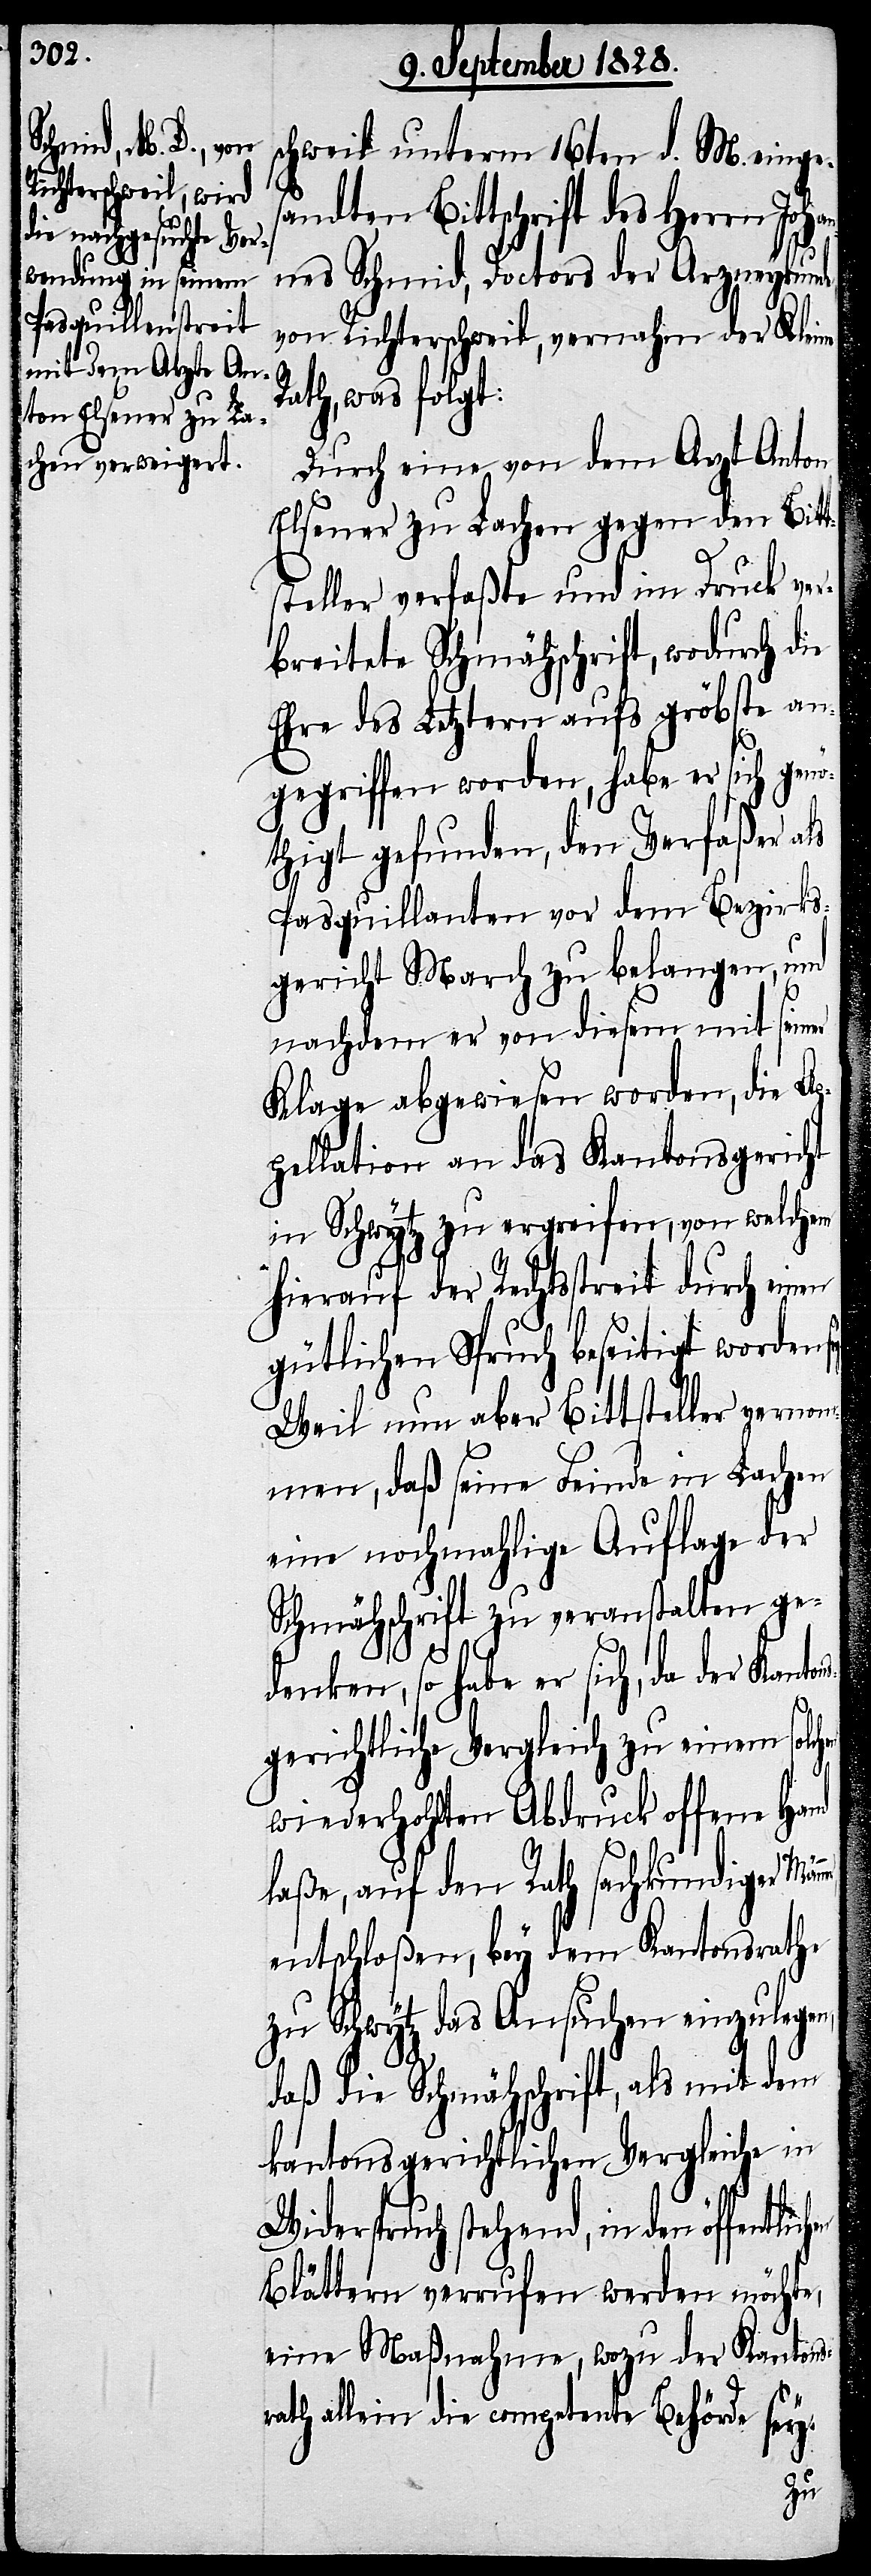
schweil unterm 16ten d. M. [sic!]
sandten Bittschrift des Herrn Joha¬
nnes Schmid, Doctors der Arzneykunde
von Richterschweil, vernahm der Kleine
Rath, was folgt:
Durch eine von dem Arzt Anton
Elsener zu Lachen gegen den Bitt¬
hen
steller verfaßte und im Druck ver¬
breitete Schmähschrift, wodurch die
Ehre des Letztern aufs gröbste an¬
gegriffen worden, habe er sich genö¬
thigt gefunden, den Verfaßer als
Pasquillanten vor dem Bezirks¬
gericht March zu belangen, und
nachdem er von diesem mit seiner
Klage abgewiesen worden, die Ap¬
pellation an das Kantonsgericht
in Schwytz zu ergreifen, von welchem
hierauf der Rechtsstreit durch einen
gütlichen Spruch beseitigt worden
Weil nun aber Bittsteller vernom¬
men, daß seine Feinde in Lachen
eine nochmahlige Auflage der
Schmähschrift zu veranstalten ge¬
denken, so habe er sich, da der
wiederhohlten Abdruck offene Hand
laße, auf den Rath sachkundiger
entschloßen, bey dem Kantonsrathe
zu Schwytz das Ansuchen einzulege¬
daß die Schmähschrift, als mit dem
kantonsgerichtlichen Vergleiche in
Widerspruch stehend, in den öffentlic¬
Blättern verrufen werden möchte,
eine Maßnahme, wozu der Kantons¬
rath allein die competente Behörde sey.